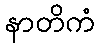
နာတိကံ